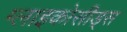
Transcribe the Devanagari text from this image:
ग्लाइकोसीड्स